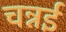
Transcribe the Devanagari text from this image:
चन्नई